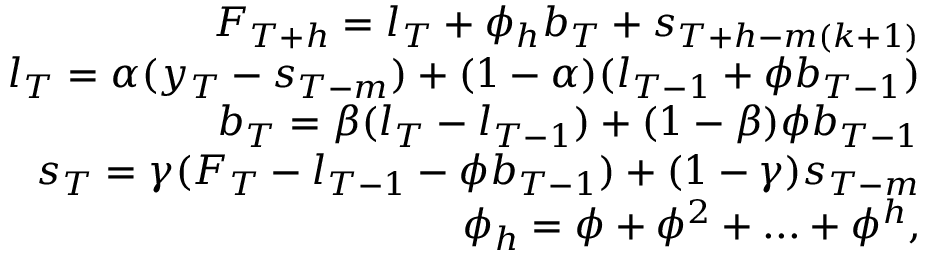
\begin{array} { r } { F _ { T + h } = l _ { T } + \phi _ { h } b _ { T } + s _ { T + h - m ( k + 1 ) } } \\ { l _ { T } = \alpha ( y _ { T } - s _ { T - m } ) + ( 1 - \alpha ) ( l _ { T - 1 } + \phi b _ { T - 1 } ) } \\ { b _ { T } = \beta ( l _ { T } - l _ { T - 1 } ) + ( 1 - \beta ) \phi b _ { T - 1 } } \\ { s _ { T } = \gamma ( F _ { T } - l _ { T - 1 } - \phi b _ { T - 1 } ) + ( 1 - \gamma ) s _ { T - m } } \\ { \phi _ { h } = \phi + \phi ^ { 2 } + . . . + \phi ^ { h } , } \end{array}